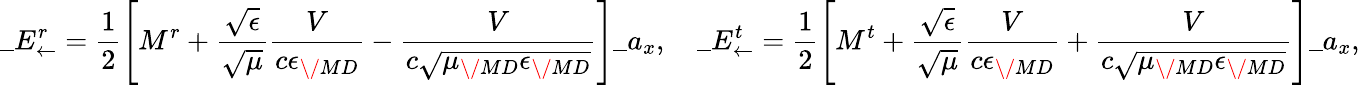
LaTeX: \_ E_{\leftarrow}^{r}={\frac{1}{2}}\Bigg[M^{r}+\frac{\sqrt{\epsilon}}{\sqrt{\mu}}\frac{V}{c\epsilon_{\/ {MD}}}-\frac{V}{c\sqrt{\mu_{\/ {MD}}\epsilon_{\/ {MD}}}}\Bigg]\_ a_{x},\quad\_ E_{\leftarrow}^{t}={\frac{1}{2}}\Bigg[M^{t}+\frac{\sqrt{\epsilon}}{\sqrt{\mu}}\frac{V}{c\epsilon_{\/ {MD}}}+\frac{V}{c\sqrt{\mu_{\/ {MD}}\epsilon_{\/ {MD}}}}\Bigg]\_ a_{x},